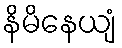
နိမိနေယျံ